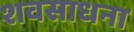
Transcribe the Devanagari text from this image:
शवसाधना